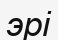
эрі